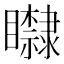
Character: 𥌿